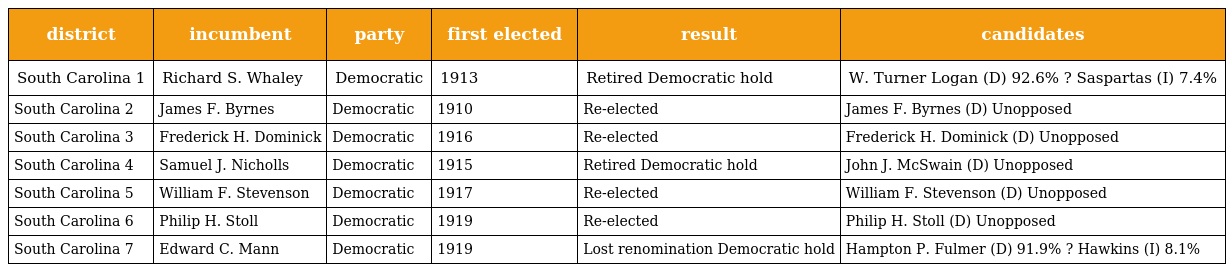
| district | incumbent | party | first elected | result | candidates |
 | --- | --- | --- | --- | --- | --- |
 | South Carolina 1 | Richard S. Whaley | Democratic | 1913 | Retired Democratic hold | W. Turner Logan (D) 92.6% ? Saspartas (I) 7.4% |
 | South Carolina 2 | James F. Byrnes | Democratic | 1910 | Re-elected | James F. Byrnes (D) Unopposed |
 | South Carolina 3 | Frederick H. Dominick | Democratic | 1916 | Re-elected | Frederick H. Dominick (D) Unopposed |
 | South Carolina 4 | Samuel J. Nicholls | Democratic | 1915 | Retired Democratic hold | John J. McSwain (D) Unopposed |
 | South Carolina 5 | William F. Stevenson | Democratic | 1917 | Re-elected | William F. Stevenson (D) Unopposed |
 | South Carolina 6 | Philip H. Stoll | Democratic | 1919 | Re-elected | Philip H. Stoll (D) Unopposed |
 | South Carolina 7 | Edward C. Mann | Democratic | 1919 | Lost renomination Democratic hold | Hampton P. Fulmer (D) 91.9% ? Hawkins (I) 8.1% |